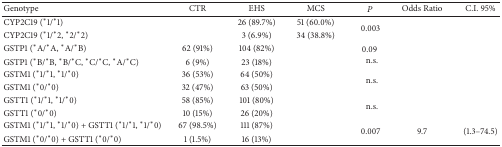
<table><thead><tr><td><b>Genotype</b></td><td><b>CTR</b></td><td><b>EHS</b></td><td><b>MCS</b></td><td><b><i>P</i></b></td><td><b>Odds Ratio</b></td><td><b>C.I. 95%</b></td></tr></thead><tbody><tr><td>CYP2C19 (*1/*1)</td><td> </td><td>26 (89.7%)</td><td>51 (60.0%)</td><td rowspan="2">0.003</td><td> </td><td> </td></tr><tr><td>CYP2C19 (*1/*2, *2/*2)</td><td> </td><td>3 (6.9%)</td><td>34 (38.8%)</td><td> </td><td> </td></tr><tr><td>GSTP1 (*A/*A, *A/*B)</td><td>62 (91%)</td><td>104 (82%)</td><td> </td><td rowspan="2">0.09n.s.</td></tr><tr><td>GSTP1 (*B/*B, *B/*C, *C/*C, *A/*C) </td><td>6 (9%)</td><td>23 (18%)</td><td> </td></tr><tr><td>GSTM1 (*1/*1, *1/*0)</td><td>36 (53%)</td><td>64 (50%)</td><td> </td><td rowspan="2">n.s.</td></tr><tr><td>GSTM1 (*0/*0)</td><td>32 (47%)</td><td>63 (50%)</td><td> </td></tr><tr><td>GSTT1 (*1/*1, *1/*0)</td><td>58 (85%)</td><td>101 (80%)</td><td> </td><td rowspan="2">n.s.</td></tr><tr><td>GSTT1 (*0/*0)</td><td>10 (15%)</td><td>26 (20%)</td><td> </td></tr><tr><td>GSTM1 (*1/*1, *1/*0) + GSTT1 (*1/*1, *1/*0)</td><td>67 (98.5%) </td><td>111 (87%) </td><td> </td><td rowspan="2">0.007</td><td rowspan="2">9.7</td><td rowspan="2">(1.3–74.5)</td></tr><tr><td>GSTM1 (*0/*0) + GSTT1 (*0/*0)</td><td>1 (1.5%)</td><td>16 (13%) </td><td> </td></tr></tbody></table>